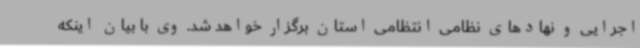
اجرایی و نهادهای نظامی انتظامی استان برگزار خواهد شد. وی با بیان اینکه